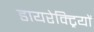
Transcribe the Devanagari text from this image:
डायरेक्ट्रियों